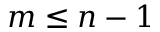
m \leq n - 1